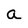
Character: a